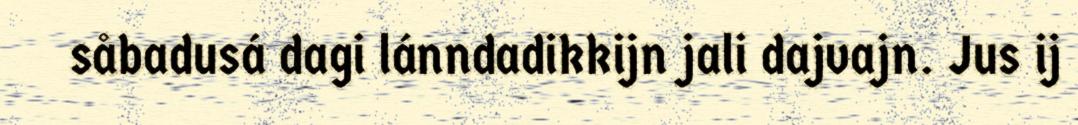
såbadusá dagi lánndadikkijn jali dajvajn. Jus ij